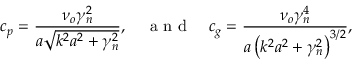
c _ { p } = \frac { \nu _ { o } \gamma _ { n } ^ { 2 } } { a \sqrt { k ^ { 2 } a ^ { 2 } + \gamma _ { n } ^ { 2 } } } , \quad \textrm { a n d } \quad c _ { g } = \frac { \nu _ { o } \gamma _ { n } ^ { 4 } } { a \left( k ^ { 2 } a ^ { 2 } + \gamma _ { n } ^ { 2 } \right) ^ { 3 / 2 } } ,